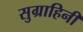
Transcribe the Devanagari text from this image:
सुग्राहिनी